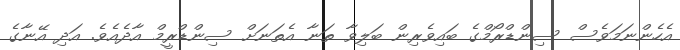
އެހެންނަމަވެސް ސިންޑްރޯމްގެ ބައިވެރިން ބަލިވާ ތަނާ އެތަނަށް ސިންޑްރީމް އާދެއެވެ. އަދި އޭނާގެ